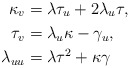
\begin{align*}\kappa_{v} & =\lambda\tau_{u}+2\lambda_{u}\tau,\\\tau_{v} & =\lambda_{u}\kappa-\gamma_{u},\\\lambda_{uu} & =\lambda\tau^{2}+\kappa\gamma\end{align*}